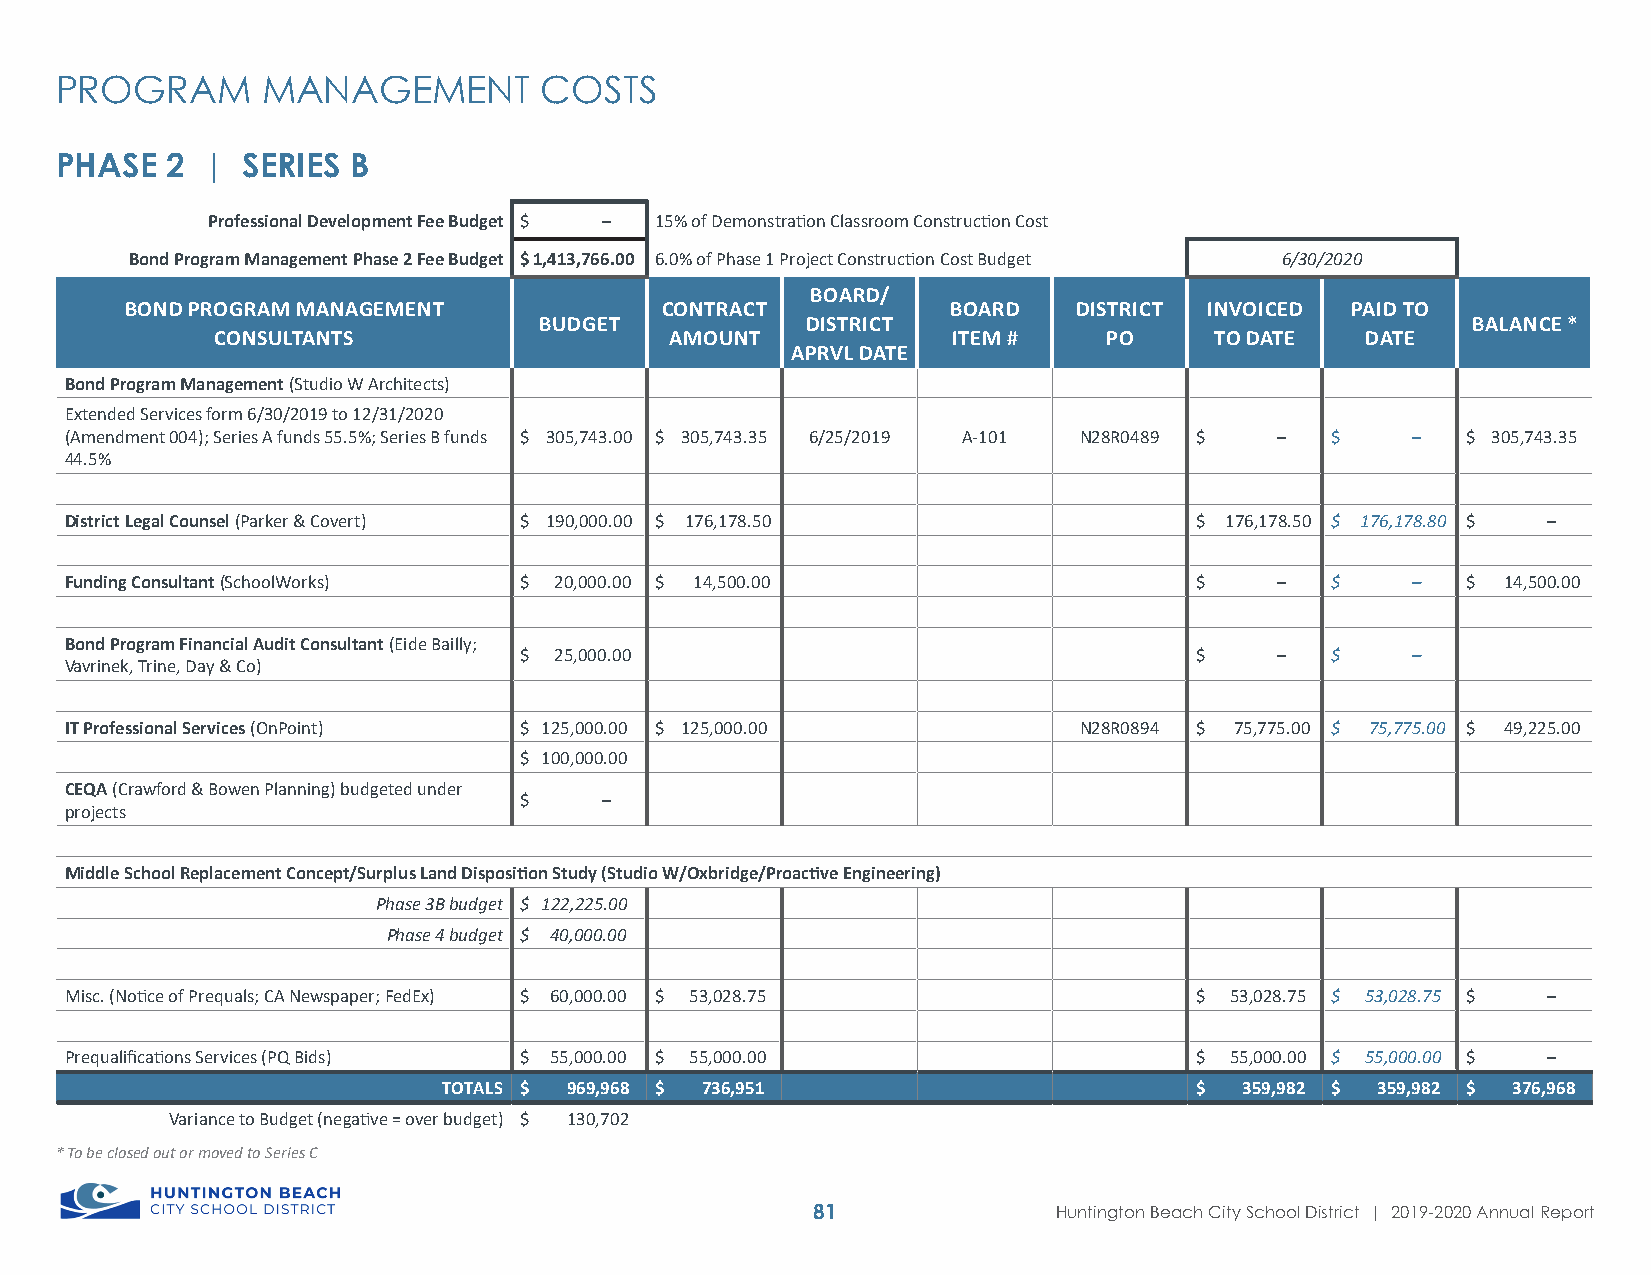
PROGRAM      MANAGEMENT         COSTS
 PHASE  2 |  SERIES B
 Professional Development Fee Budget $ – 15% of Demonstration Classroom Construction Cost
 Bond Program Management Phase 2 Fee Budget $ 1,413,766.00 6.0% of Phase 1 Project Construction Cost Budget 6/30/2020
 BOARD/
 BOND PROGRAM MANAGEMENT             CONTRACT           BOARD   DISTRICT INVOICED PAID TO
 BUDGET           DISTRICT                                    BALANCE *
 CONSULTANTS                   AMOUNT             ITEM #    PO     TO DATE   DATE
 APRVL DATE
 Bond Program Management (Studio W Architects)
 Extended Services form 6/30/2019 to 12/31/2020
 (Amendment 004); Series A funds 55.5%; Series B funds $ 305,743.00 $ 305,743.35 6/25/2019 A-101 N28R0489 $ – $ – $ 305,743.35
 44.5%
 District Legal Counsel (Parker & Covert) $ 190,000.00 $ 176,178.50         $ 176,178.50 $ 176,178.80 $ –
 Funding Consultant (SchoolWorks) $ 20,000.00 $ 14,500.00                   $     –  $    –   $  14,500.00
 Bond Program Financial Audit Consultant (Eide Bailly;
 $  25,000.00                                 $     –  $    –
 Vavrinek, Trine, Day & Co)
 IT Professional Services (OnPoint) $ 125,000.00 $ 125,000.00       N28R0894 $ 75,775.00 $ 75,775.00 $ 49,225.00
 $ 100,000.00
 CEQA (Crawford & Bowen Planning) budgeted under
 $     –
 projects
 Middle School Replacement Concept/Surplus Land Disposition Study (Studio W/Oxbridge/Proactive Engineering)
 Phase 3B budget $ 122,225.00
 Phase 4 budget $ 40,000.00
 Misc. (Notice of Prequals; CA Newspaper; FedEx) $ 60,000.00 $ 53,028.75    $ 53,028.75 $ 53,028.75 $ –
 Prequalifications Services (PQ Bids) $ 55,000.00 $ 55,000.00               $ 55,000.00 $ 55,000.00 $ –
 TOTALS $ 969,968 $ 736,951                        $  359,982 $ 359,982 $ 376,968
 Variance to Budget (negative = over budget) $ 130,702
 * To be closed out or moved to Series C
 81              Huntington Beach City School District | 2019-2020 Annual Report